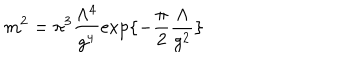
m ^ { 2 } = \pi ^ { 3 } \frac { \Lambda ^ { 4 } } { g ^ { 4 } } \exp \{ - \frac { \pi } { 2 } \frac { \Lambda } { g ^ { 2 } } \}